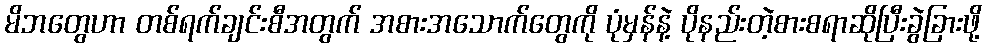
မိဘတွေဟာ တစ်ရက်ချင်းစီအတွက် အစားအသောက်တွေကို ပုံမှန်နဲ့ ပိုနည်းတဲ့စားစရာဆိုပြီးခွဲခြားဖို့